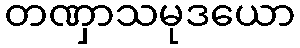
တဏှာသမုဒယော